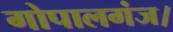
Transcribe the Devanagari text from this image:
गोपालगंज।